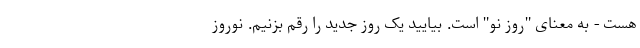
هست - به معنای "روز نو" است. بیایید یک روز جدید را رقم بزنیم. نوروز